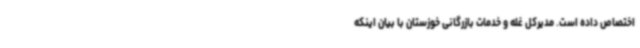
اختصاص داده است. مدیرکل غله و خدمات بازرگانی خوزستان با بیان اینکه